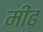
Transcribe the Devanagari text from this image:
मींढ़